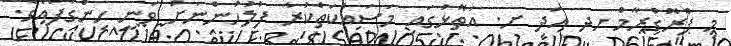
މި ޕްރޮގްރާމް ހދ އަދި ށ. އަތޮޅުގައި މަސައްކަތްކުރާ ފުލުހުންނަށް ވަނީ ހިންގާފައެވެ.